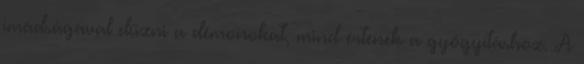
imádságával elűzni a démonokat, mind értenek a gyógyításhoz. A